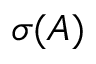
\sigma ( A )